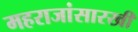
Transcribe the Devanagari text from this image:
महराजांसारखी